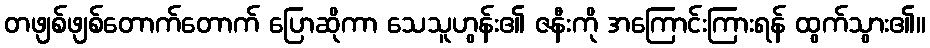
တဖျစ်ဖျစ်တောက်တောက် ပြောဆိုကာ သေသူဟွန်း၏ ဇနီးကို အကြောင်းကြားရန် ထွက်သွား၏။